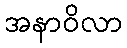
အနာဝိလာ